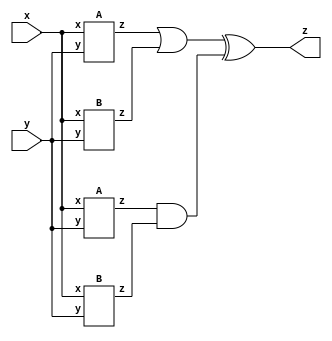
module top_module (input x, input y, output z);
wire o1,o2,o3,o4;
    A i1(x,y,o1);
    B i2(x,y,o2);
    A i3(x,y,o3);
    B i4(x,y,o4);
    
    assign z=(o1|o2)^(o3&o4);
    
    
endmodule
module A(input x,y,output z);
    assign z=(x^y)&x;
endmodule
    
module B(input x,y,output z);
    assign z=~(x^y);
endmodule